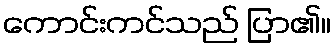
ကောင်းကင်သည် ပြာ၏။